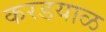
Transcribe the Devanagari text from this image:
करडयाळ